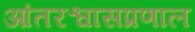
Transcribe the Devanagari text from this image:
आंतरश्वासप्रणाल